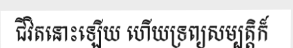
ជីវិតនោះឡើយ ហើយទ្រព្យសម្បត្តិក៏